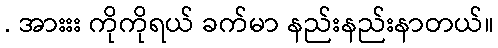
. အားးး ကိုကိုရယ် ခက်မာ နည်းနည်းနာတယ်။